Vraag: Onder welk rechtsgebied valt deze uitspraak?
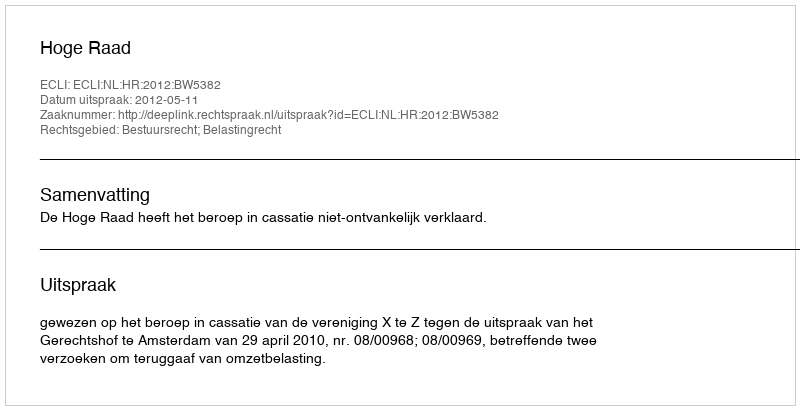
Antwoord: Bestuursrecht; Belastingrecht